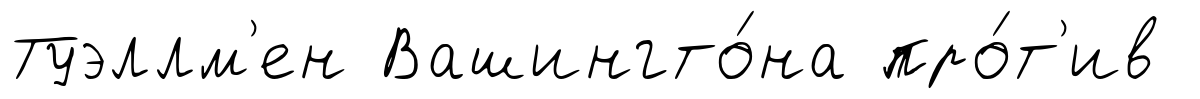
Туэллм'ен Вашингто́на про́т'ив